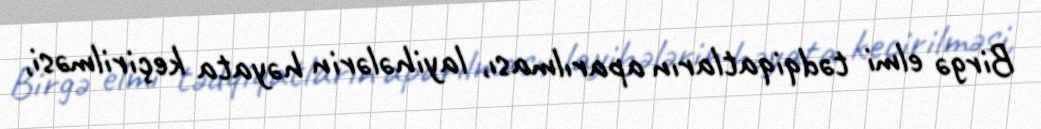
Birgə elmi tədqiqatların aparılması, layihələrin həyata keçirilməsi,